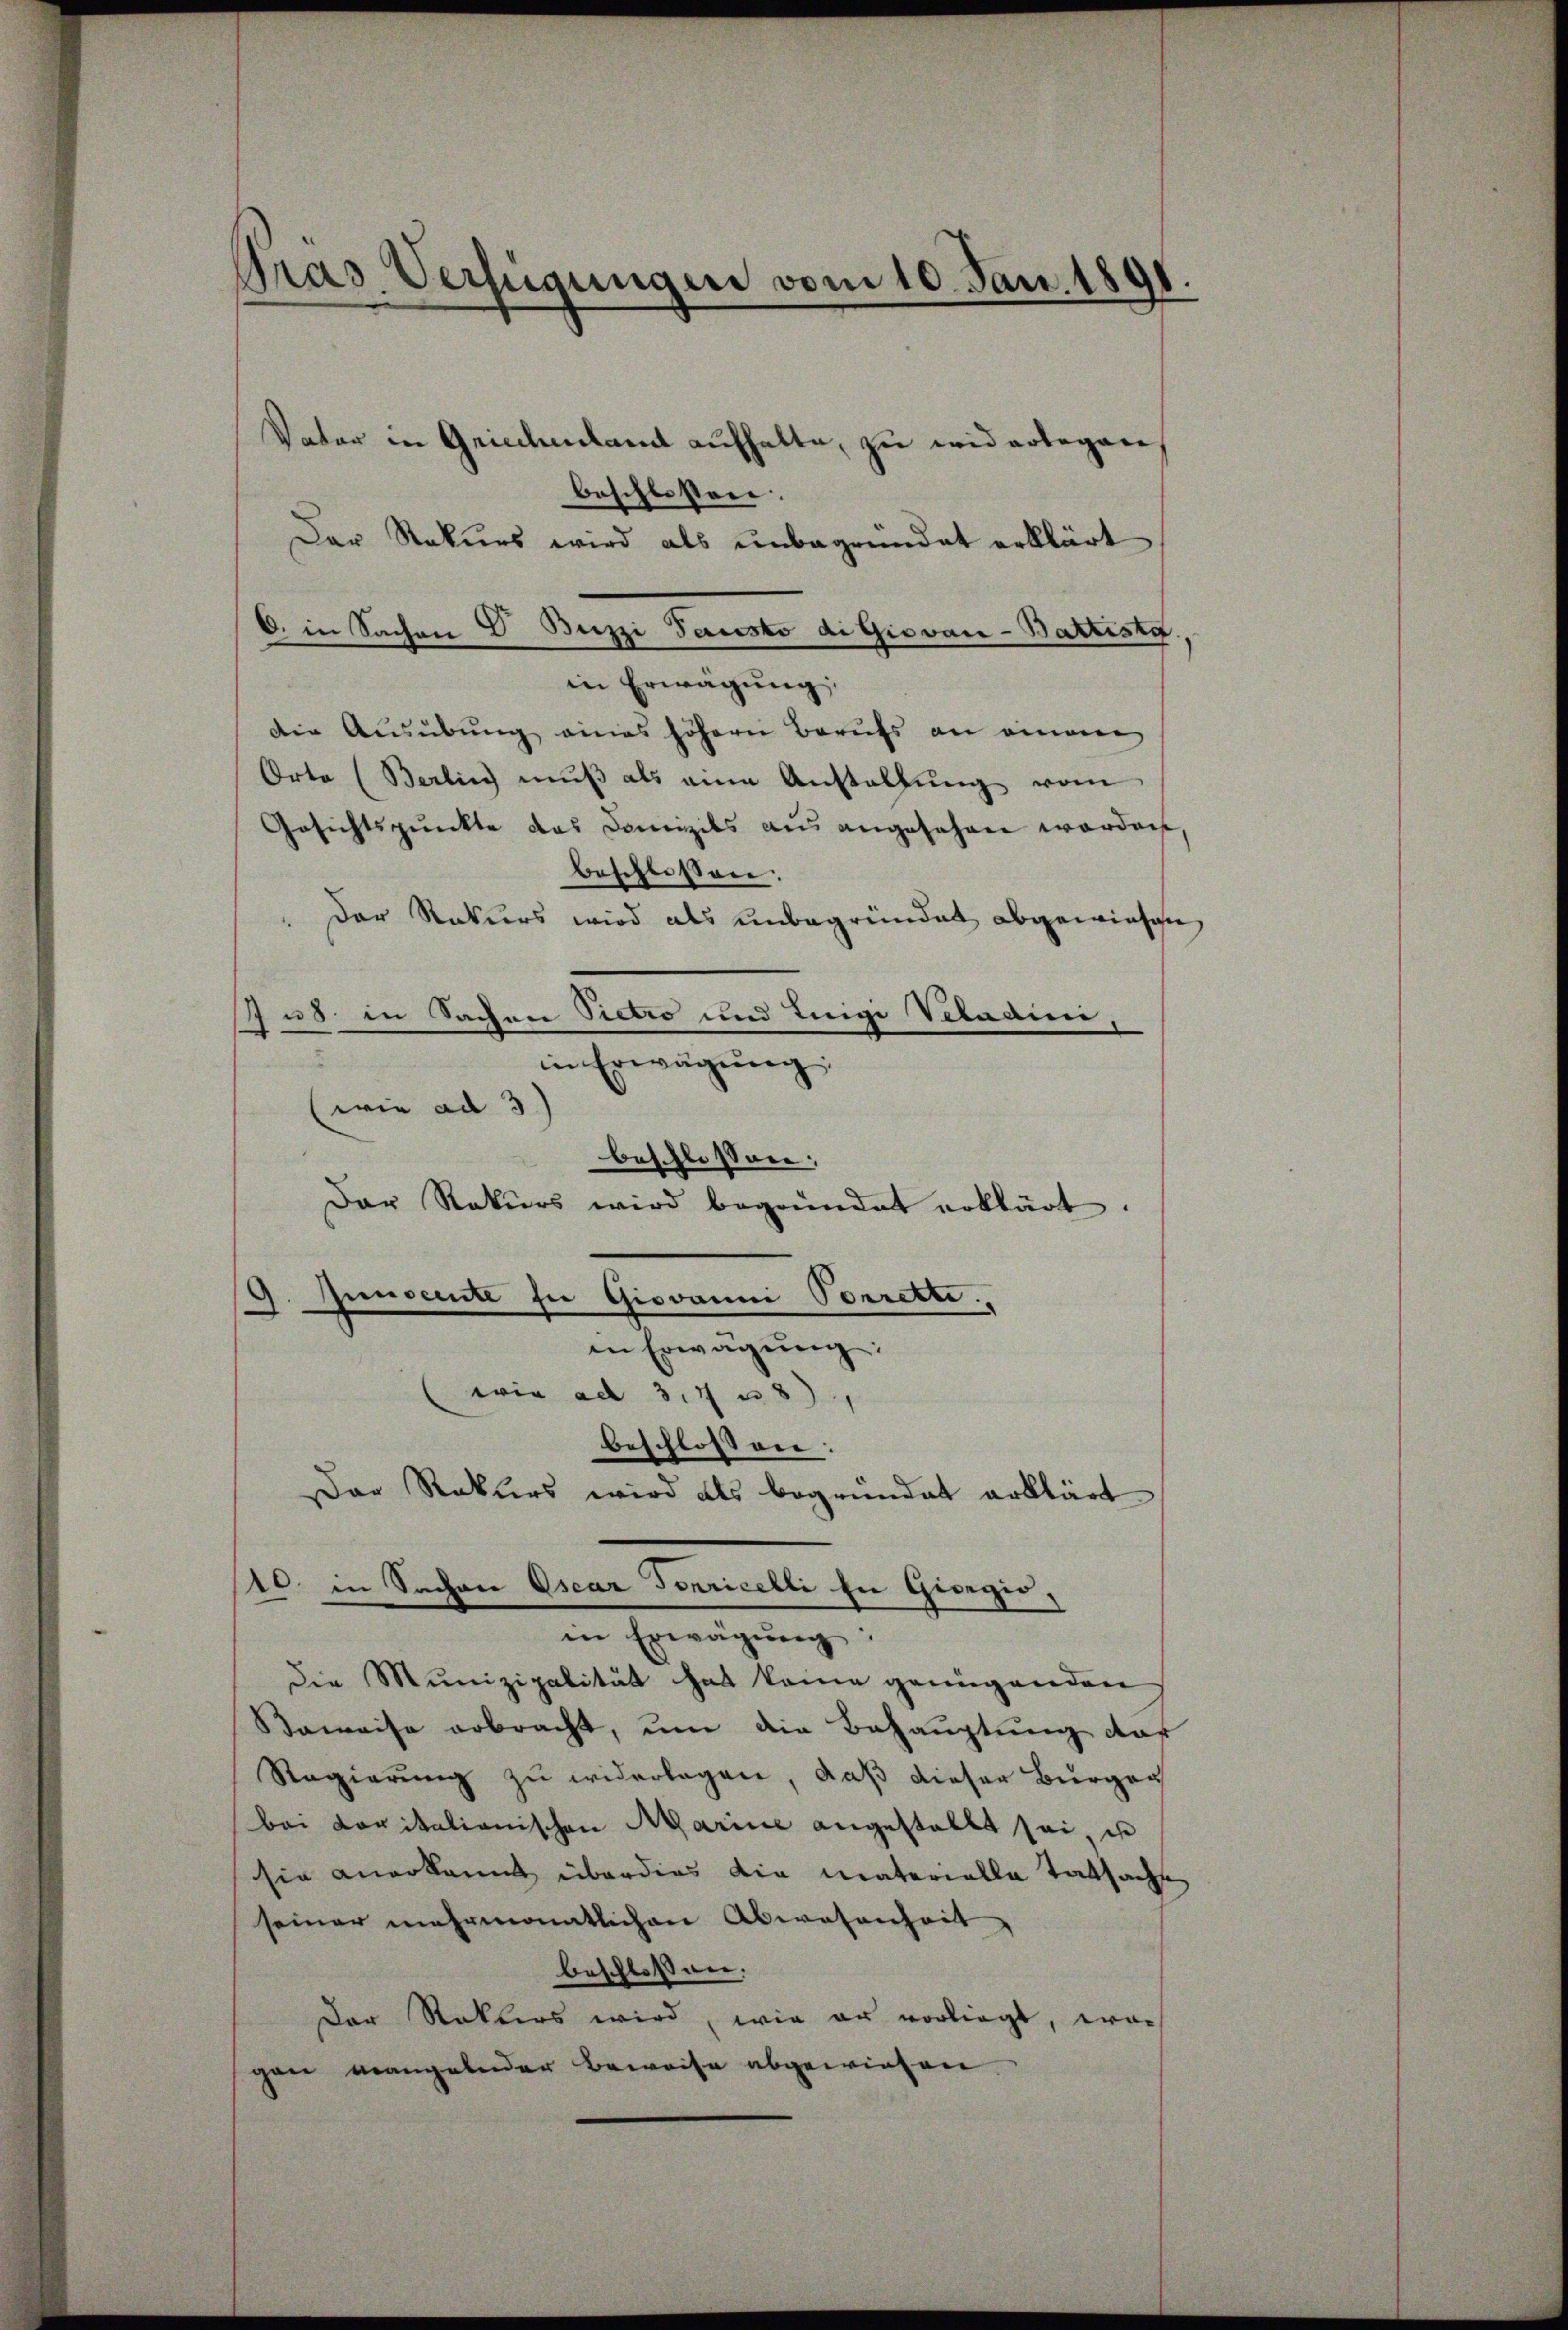
Präs. Verfügungen vom 10. Jan. 180

Vater in Griechenlamt aufhalte, zu widerlagen,
beschlossen:
Der Rekurs wird als unbegründet erklärt
C. in Sachen V. Beizzi Pausto di Giovan - Battist.
in Erwägung
Die Ausübung eines höhern Berufs an einem
Orte (Berlin mŭβ als eine Anstallŭng vom
Gesichtspunkte das Domizils aus angesehen worden
beschlossen:
" Der Rekurs wird als unbegründet abgewiesen
z us in Sachen Pietro und Luigi Vitadini
in Erwägŭng
wie ad 3.)
beschlossen:
Der Rekŭrs wird begründet erklärt.
9. Junserte sie Giovanni Vorrette.
in Erwägŭng:
wie ad 37 n 3
beschloss vor:
Der Rekurs wird als begründet erklärt
10. in Sachere Oscar Terricelli zu Giregie
Bewegung
die Munizipalität hat keine genügenden
Saweise erbracht, um die Behauptung aus
Regierung zu widerlagen, daß dieser Bürger
bei Loritalionischen Marine angestallt sei u
sie anerkannt überdies die materielle Tatsache
seiner mehrmonatlichen Abwesenheit,
beschlossen.
Der Rokters wird, wie er vorliegt, wor
gan mangelnder Beweise abgewiesen.